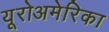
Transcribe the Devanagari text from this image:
यूरोअमेरिका